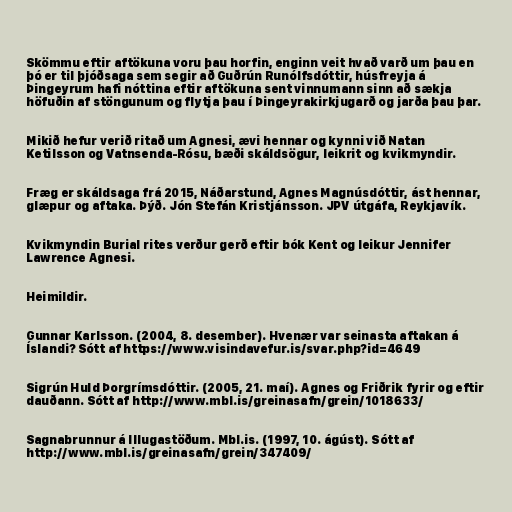
Skömmu eftir aftökuna voru þau horfin, enginn veit hvað varð um þau en
þó er til þjóðsaga sem segir að Guðrún Runólfsdóttir, húsfreyja á
Þingeyrum hafi nóttina eftir aftökuna sent vinnumann sinn að sækja
höfuðin af stöngunum og flytja þau í Þingeyrakirkjugarð og jarða þau þar.

Mikið hefur verið ritað um Agnesi, ævi hennar og kynni við Natan
Ketilsson og Vatnsenda-Rósu, bæði skáldsögur, leikrit og kvikmyndir.

Fræg er skáldsaga frá 2015, Náðarstund, Agnes Magnúsdóttir, ást hennar,
glæpur og aftaka. Þýð. Jón Stefán Kristjánsson. JPV útgáfa, Reykjavík.

Kvikmyndin Burial rites verður gerð eftir bók Kent og leikur Jennifer
Lawrence Agnesi.

Heimildir.

Gunnar Karlsson. (2004, 8. desember). Hvenær var seinasta aftakan á
Íslandi? Sótt af https://www.visindavefur.is/svar.php?id=4649

Sigrún Huld Þorgrímsdóttir. (2005, 21. maí). Agnes og Friðrik fyrir og eftir
dauðann. Sótt af http://www.mbl.is/greinasafn/grein/1018633/

Sagnabrunnur á Illugastöðum. Mbl.is. (1997, 10. ágúst). Sótt af
http://www.mbl.is/greinasafn/grein/347409/